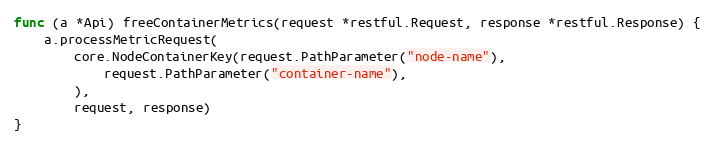
Language: Go
func (a *Api) freeContainerMetrics(request *restful.Request, response *restful.Response) {
	a.processMetricRequest(
		core.NodeContainerKey(request.PathParameter("node-name"),
			request.PathParameter("container-name"),
		),
		request, response)
}